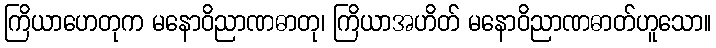
ကြိယာဟေတုက မနောဝိညာဏဓာတု၊ ကြိယာအဟိတ် မနောဝိညာဏဓာတ်ဟူသော။